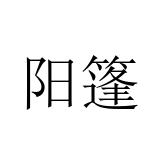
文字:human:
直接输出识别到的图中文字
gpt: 阳篷